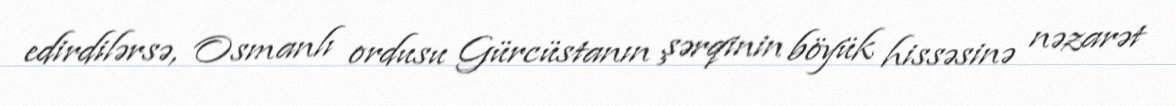
edirdilərsə, Osmanlı ordusu Gürcüstanın şərqinin böyük hissəsinə nəzarət